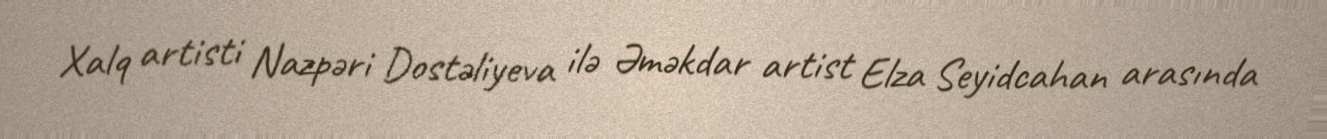
Xalq artisti Nazpəri Dostəliyeva ilə Əməkdar artist Elza Seyidcahan arasında